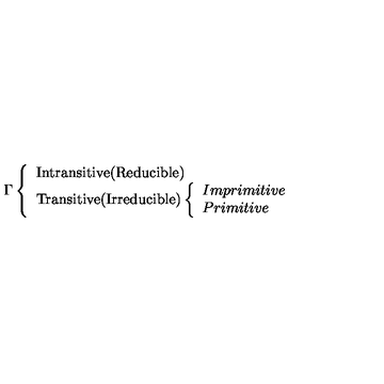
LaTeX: \Gamma \left\{ \begin{array} { l } { \mathrm { I n t r a n s i t i v e ( R e d u c i b l e ) } } \\ { \mathrm { T r a n s i t i v e ( I r r e d u c i b l e ) } \left\{ \begin{array} { l } { I m p r i m i t i v e } \\ { P r i m i t i v e } \\ \end{array} \right. } \\ \end{array} \right.